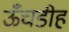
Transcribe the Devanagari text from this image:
ऊँचडीह